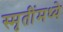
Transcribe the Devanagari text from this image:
स्मृतींमध्ये